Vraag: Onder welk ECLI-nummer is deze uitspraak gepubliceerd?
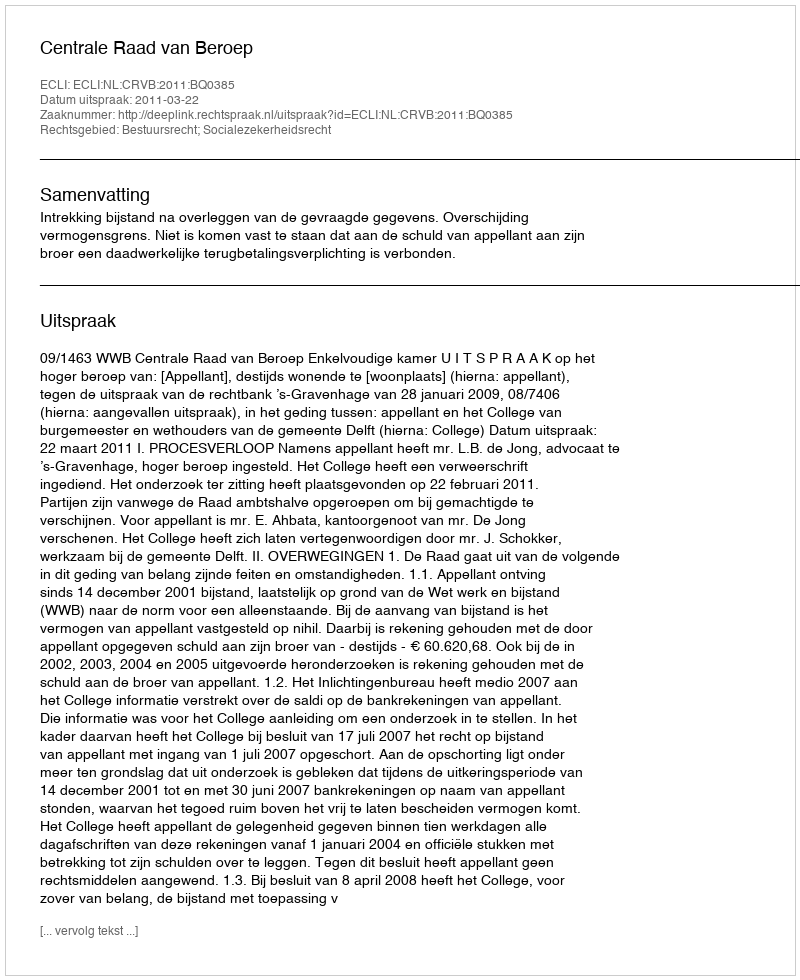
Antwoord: ECLI:NL:CRVB:2011:BQ0385